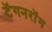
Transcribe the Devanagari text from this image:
टॅगनरॉग